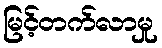
မြင့်တက်လာမှု